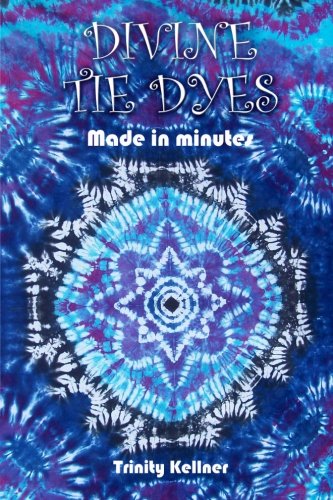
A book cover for Divine Tie Dyes Made in Minutes: For Ages 8-80; Trinity Kellner; Crafts, Hobbies & Home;